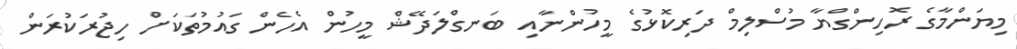
މިޔަންމާގެ ރޮހިންގްޔާ މުސްލިމް ދަރިކޮޅުގެ މީހުންނާއި ބަނގްލަދޭޝް މީހުން އެހެން ގައުމުތަކަށް ހިޖުރަކުރަން